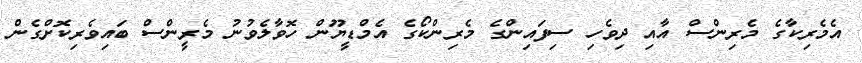
އެމެރިކާގެ މެރިންސް އާއި ދިވެހި ސިފައިންގެ މެރިންކޯގެ އެމްޑީޔޫން ހޮވާލެވުނު މެރީންސް ބައިވެރިކޮށްގެން